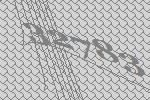
32783